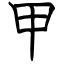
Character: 甲